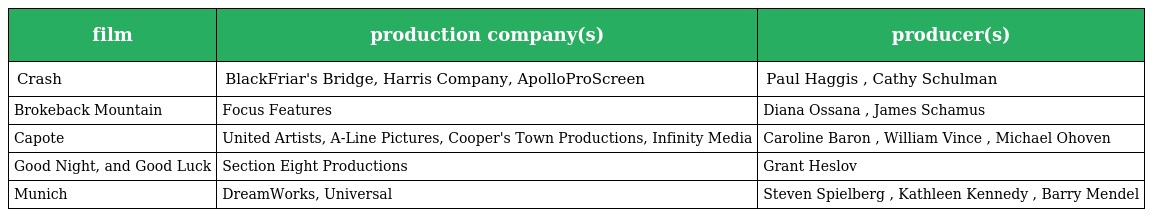
| film | production company(s) | producer(s) |
 | --- | --- | --- |
 | Crash | BlackFriar's Bridge, Harris Company, ApolloProScreen | Paul Haggis , Cathy Schulman |
 | Brokeback Mountain | Focus Features | Diana Ossana , James Schamus |
 | Capote | United Artists, A-Line Pictures, Cooper's Town Productions, Infinity Media | Caroline Baron , William Vince , Michael Ohoven |
 | Good Night, and Good Luck | Section Eight Productions | Grant Heslov |
 | Munich | DreamWorks, Universal | Steven Spielberg , Kathleen Kennedy , Barry Mendel |